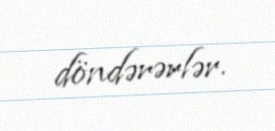
döndərərlər.